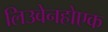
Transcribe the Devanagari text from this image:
लिउवेनहोएक